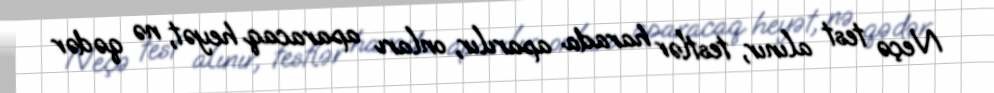
Neçə test alınır, testlər harada aparılır, onları aparacaq heyət, nə qədər